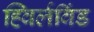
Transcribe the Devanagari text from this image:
ह्विर्लविंड